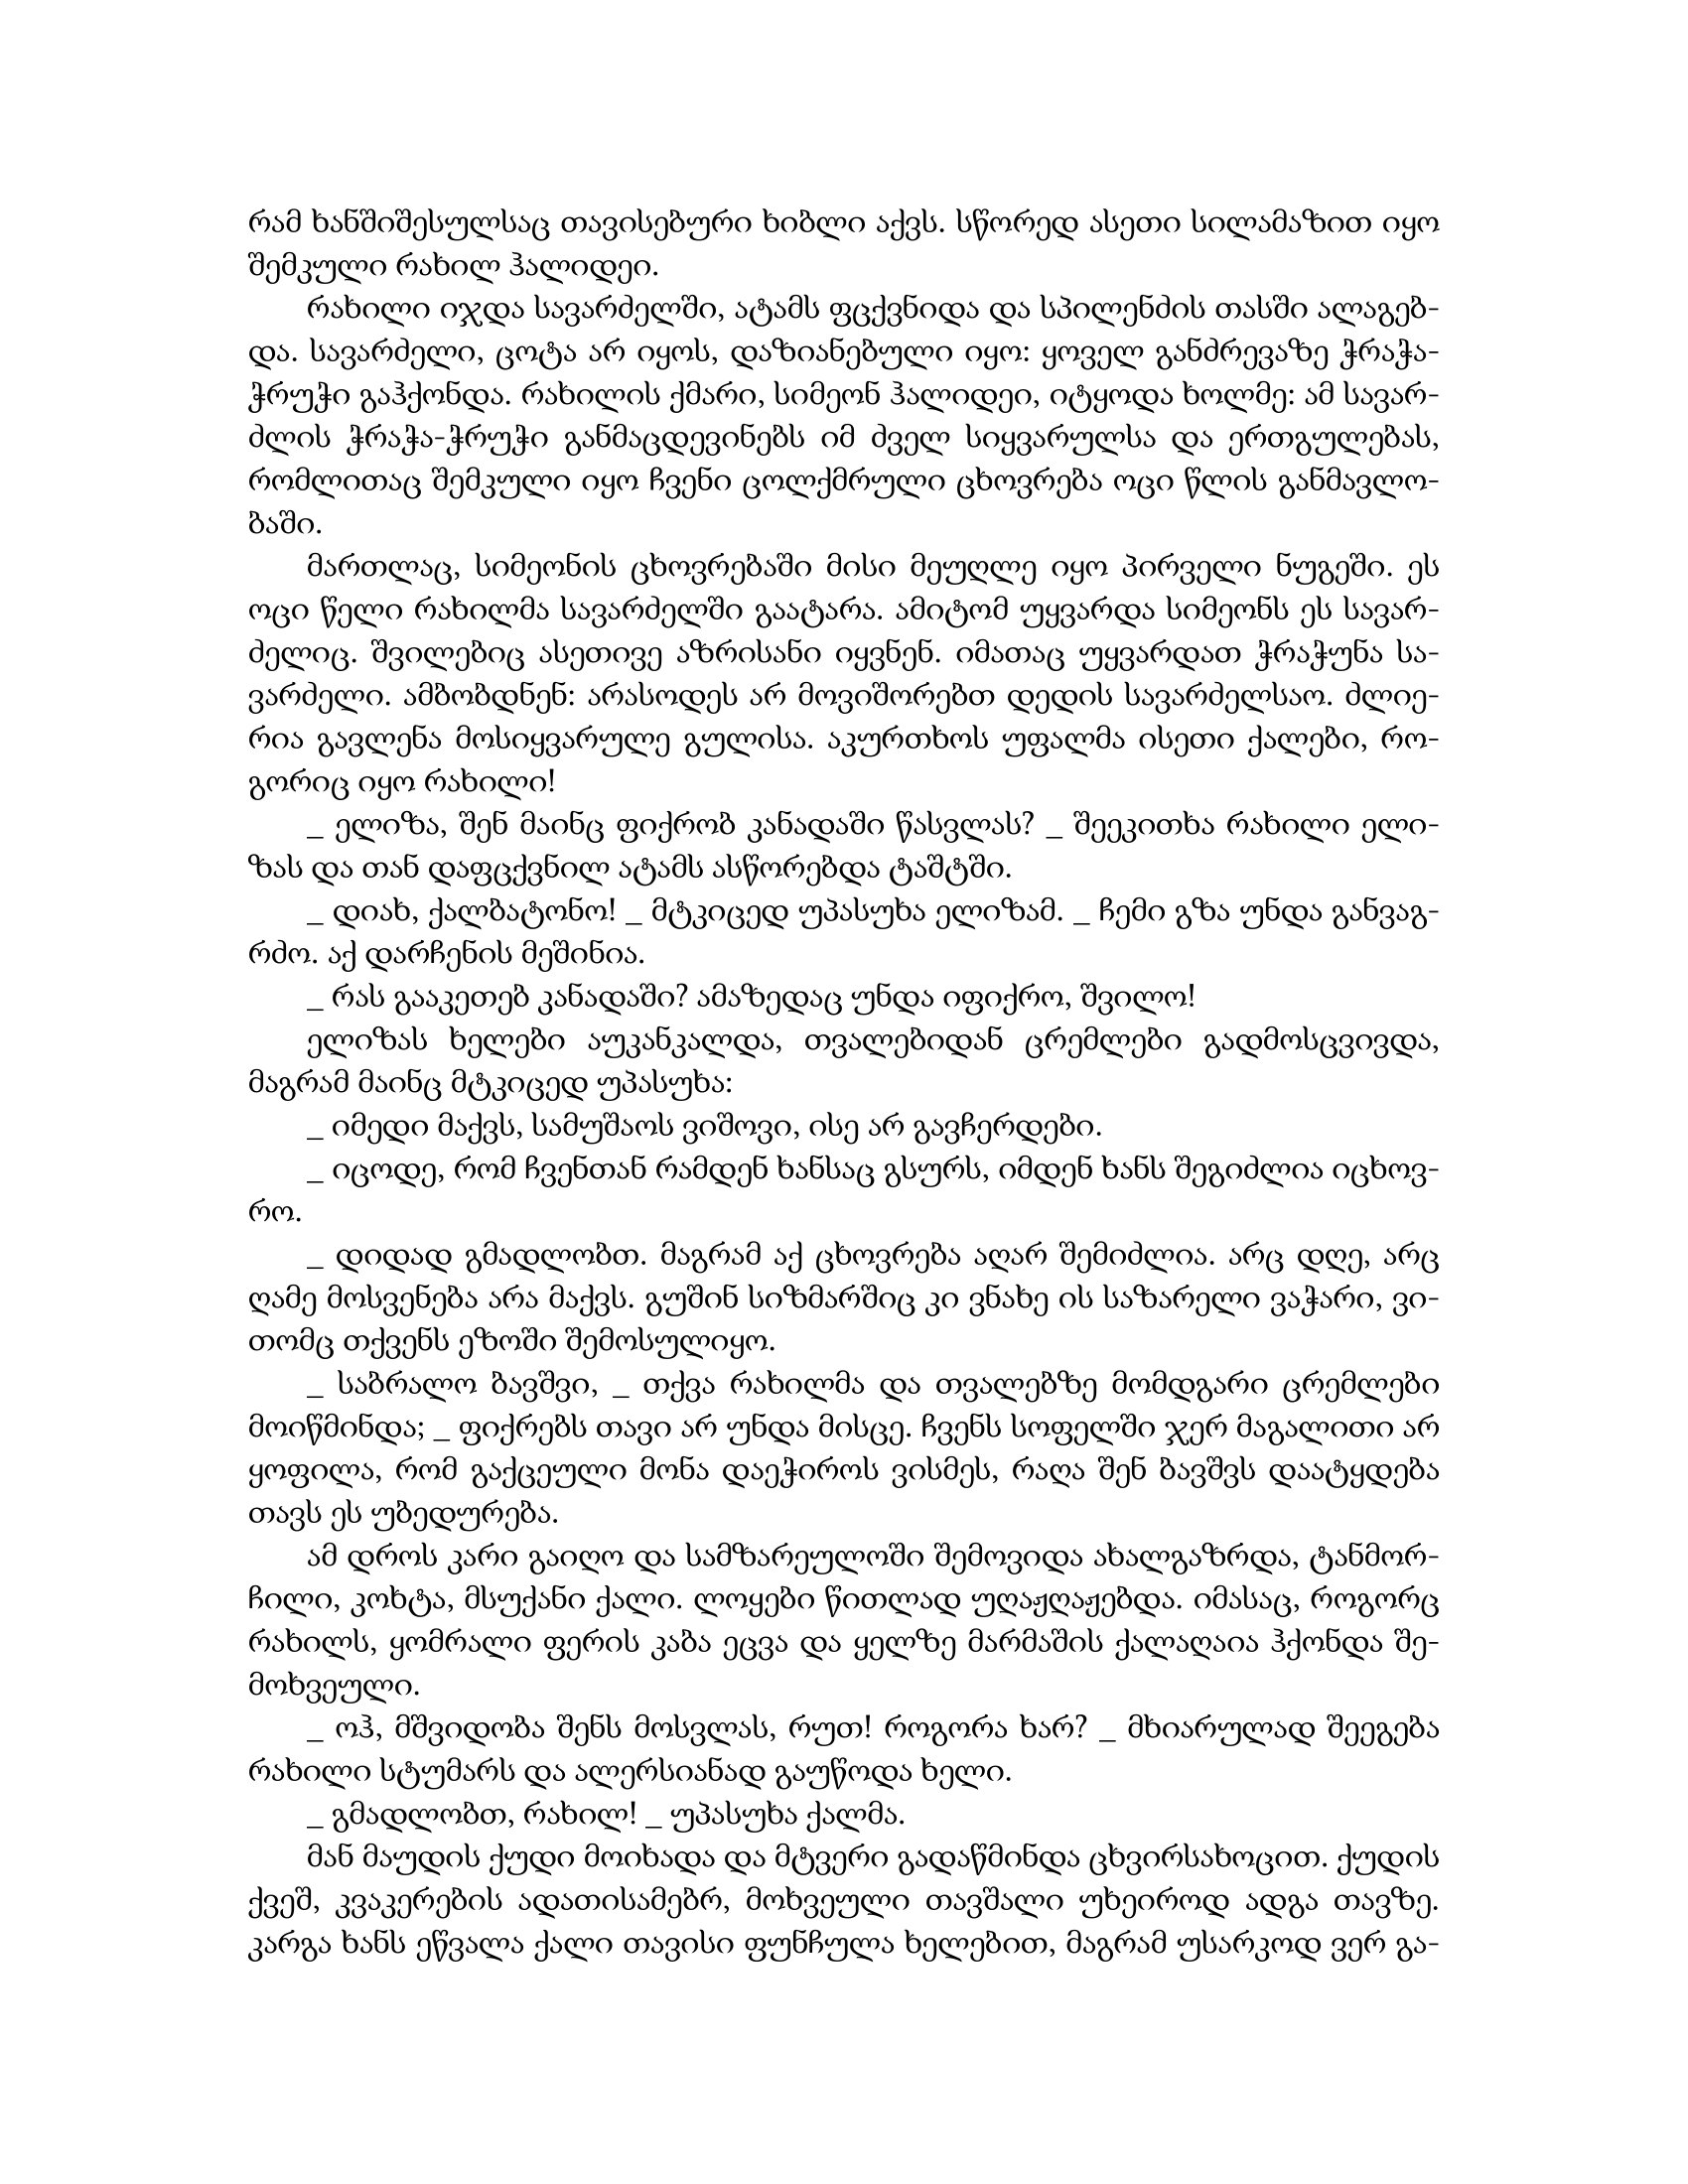
Language: gr